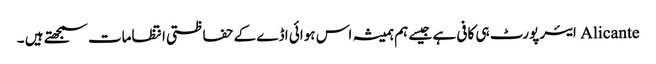
Alicante ایئر پورٹ ہی کافی ہے جیسے ہم ہمیشہ اس ہوائی اڈے کے حفاظتی انتظامات سمجھتے ہیں ۔